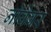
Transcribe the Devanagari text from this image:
नोवेबर